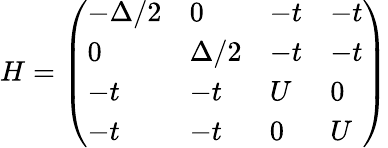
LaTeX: H=\left(\begin{array}{llll}{-\Delta/2}&{0}&{-t}&{-t}\\ {0}&{\Delta/2}&{-t}&{-t}\\ {-t}&{-t}&{U}&{0}\\ {-t}&{-t}&{0}&{U}\end{array}\right)